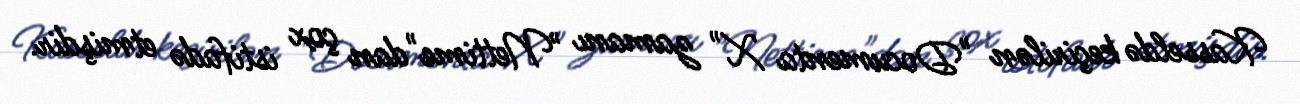
Kasseldə keçirilən "Documenta X" zamanı "Nettime"dan çox istifadə etmişdir.